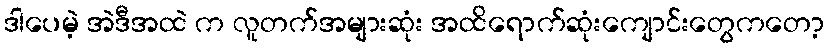
ဒါပေမဲ့ အဲဒီအထဲ က လူတက်အများဆုံး အထိရောက်ဆုံးကျောင်းတွေကတော့